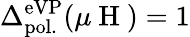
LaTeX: \Delta_{\mathrm{pol.}}^{\mathrm{eVP}}(\mu\mathrm{~H~})=1